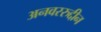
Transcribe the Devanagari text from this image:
अनवररुद्दीन